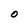
Character: O